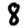
Digit: 8